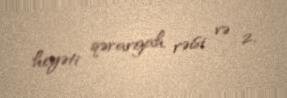
heyəti qərargah rəisi və 2.